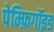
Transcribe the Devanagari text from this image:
पेम्फ़िगॉइड